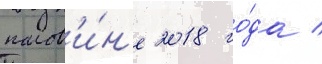
полов'и́н'е 2018 го́да /